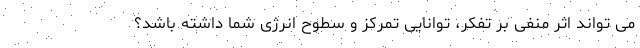
می تواند اثر منفی بر تفکر، توانایی تمرکز و سطوح انرژی شما داشته باشد؟